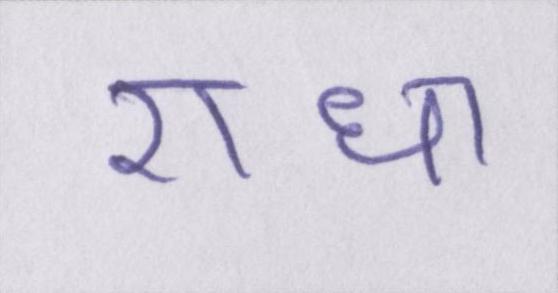
राधा